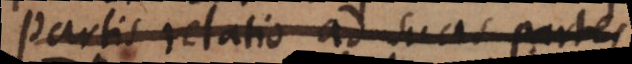
Partis relatio ad suas partes